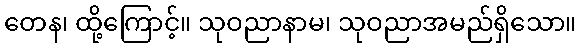
တေန၊ ထို့ကြောင့်။ သုဝညာနာမ၊ သုဝညာအမည်ရှိသော။